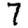
Digit: 7